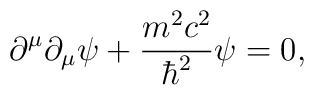
\partial ^{\mu } \partial _{\mu}\psi + {m ^{2 }c ^{2}\over {\hbar^2}}\psi=0,